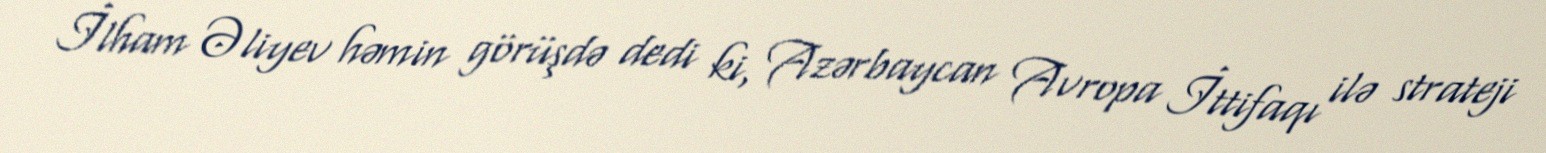
İlham Əliyev həmin görüşdə dedi ki, Azərbaycan Avropa İttifaqı ilə strateji